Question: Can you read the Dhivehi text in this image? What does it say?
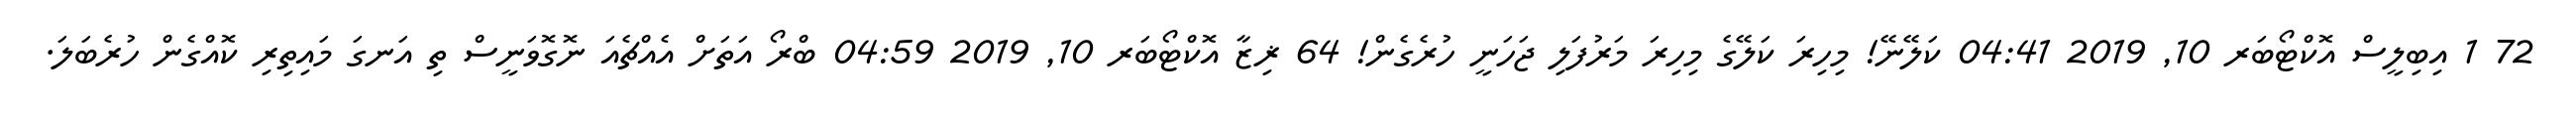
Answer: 72 1 އިބިލީސް އޮކްޓޯބަރ 10, 2019 04:41 ކަލޭނޭ! މިހިރަ ކަލޭގެ މިހިރަ މަރުފަލި ޖަހަނީ ހުރެގެން! 64 ޜިޒާ އޮކްޓޯބަރ 10, 2019 04:59 ބްރޯ އަތަށް އެއްޗެއަ ނޮގޮވަނީސް ތި އަނގަ މައިތިރި ކޮއްގެން ހުރެބަލަ.